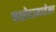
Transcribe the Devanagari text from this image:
यशोदामातेला